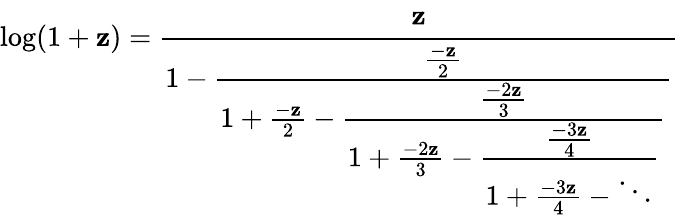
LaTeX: \log(1+\mathbf{z})={\cfrac{\mathbf{z}}{1-{\cfrac{\frac{{-\mathbf{z}}}{{2}}}{1+{\frac{{-\mathbf{z}}}{{2}}}-{\cfrac{\frac{{-2\mathbf{z}}}{{3}}}{1+{\frac{{-2\mathbf{z}}}{{3}}}-{\cfrac{\frac{{-3\mathbf{z}}}{{4}}}{1+{\frac{{-3\mathbf{z}}}{{4}}}-\ddots}}}}}}}}